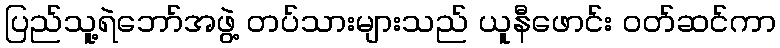
ပြည်သူ့ရဲဘော်အဖွဲ့ တပ်သားများသည် ယူနီဖောင်း ဝတ်ဆင်ကာ